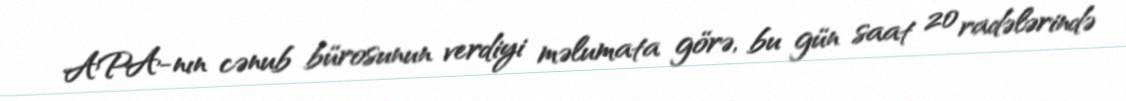
APA-nın cənub bürosunun verdiyi məlumata görə, bu gün saat 20 radələrində